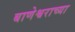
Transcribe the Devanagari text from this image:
बाणेश्वराच्या